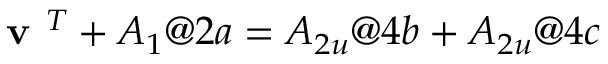
\textbf { v } ^ { T } + A _ { 1 } @ 2 a = A _ { 2 u } @ 4 b + A _ { 2 u } @ 4 c